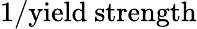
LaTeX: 1/{\mathrm{yield~strength}}